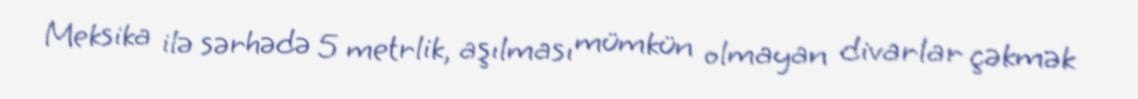
Meksika ilə sərhədə 5 metrlik, aşılması mümkün olmayan divarlar çəkmək